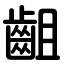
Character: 齟